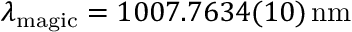
\lambda _ { \mathrm { m a g i c } } = 1 0 0 7 . 7 6 3 4 ( 1 0 ) \, \mathrm { n m }